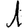
Digit: 1